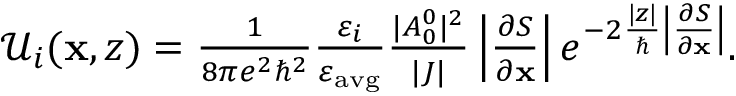
\begin{array} { r } { \mathcal { U } _ { i } ( \mathbf { x } , z ) = \frac { 1 } { 8 \pi e ^ { 2 } \hbar ^ { 2 } } \frac { \varepsilon _ { i } } { \varepsilon _ { \mathrm { a v g } } } \frac { | A _ { 0 } ^ { 0 } | ^ { 2 } } { | J | } \left| \frac { \partial S } { \partial \mathbf { x } } \right| e ^ { - 2 \frac { | z | } { \hbar } \left| \frac { \partial S } { \partial \mathbf { x } } \right| } . } \end{array}